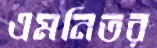
এমনিতর